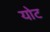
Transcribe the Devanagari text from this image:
योट